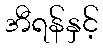
အီရန်နှင့်